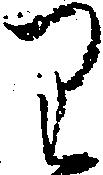
り